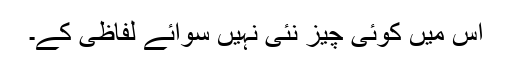
اس میں کوئی چیز نئی نہیں سوائے لفاظی کے۔